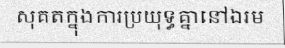
សុគតក្នុងការប្រយុទ្ធគ្នានៅឯរម